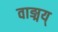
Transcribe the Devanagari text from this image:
वाङ्मय्